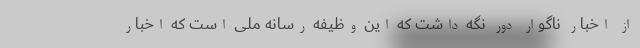
از اخبار ناگوار دور نگه داشت که این وظیفه رسانه ملی است که اخبار